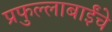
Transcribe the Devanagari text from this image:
प्रफुल्लाबाईंचे